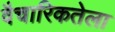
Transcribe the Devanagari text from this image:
वैचारिकतेला